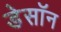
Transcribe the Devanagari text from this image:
डेसॉन